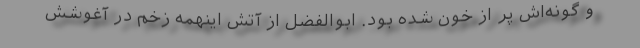
و گونه‌اش پُر از خون شده بود. ابوالفضل از آتش اینهمه زخم در آغوشش